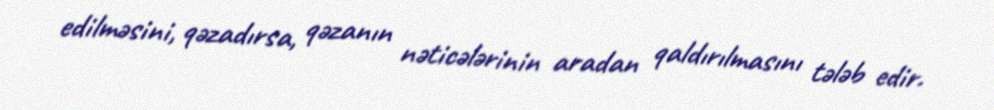
edilməsini, qəzadırsa, qəzanın nəticələrinin aradan qaldırılmasını tələb edir.